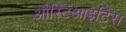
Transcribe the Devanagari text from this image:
औस्टिआइटिस